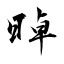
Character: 晫